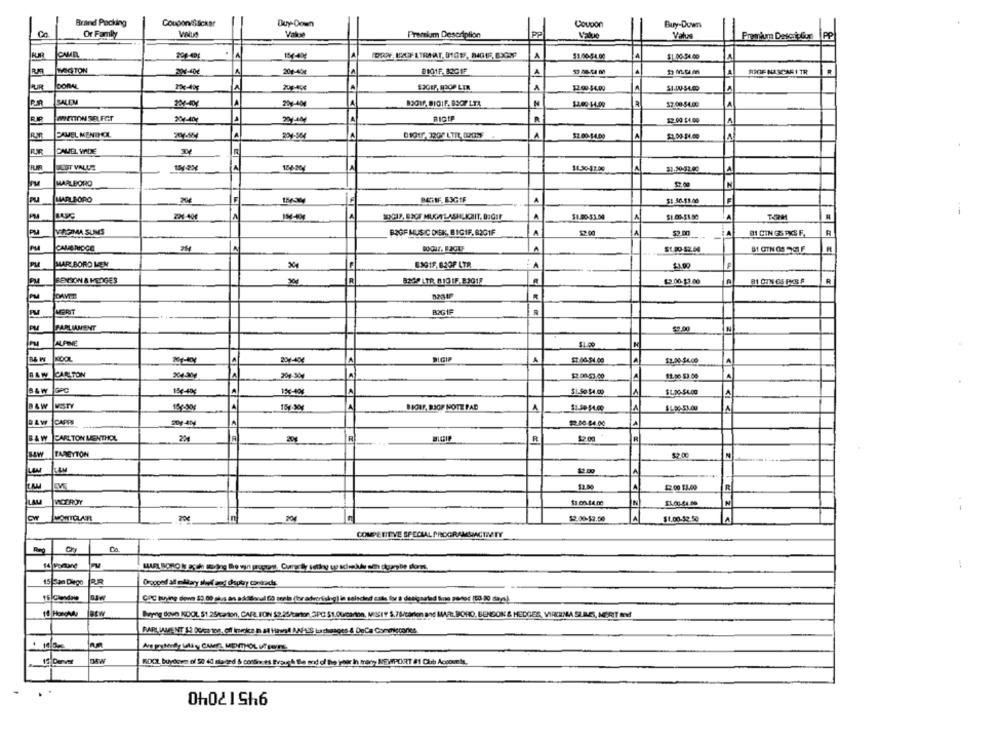
Brand Packing
Duy-Down
Coupon/Slicker
Coupon
Buy-Down
Or Family
VINUA
Premium Description
Premium Descipler
IPP
5
A
$1.00-54.09
$1 00-34.00
RA
20-404
20/40
8101F, BOC IF
A
53 08-54 6
13 m.cim
RIGE NASCAR I TR
FUR
205-40
S2GEF, BOOP LEM
A
12.99 54.00
A
SALEM
224-404
BSO17, BIOIF, BSOF LTA
N
57.00.54.00
A
$2.00-14.09
204-404
BIGIP
12. 00 $4.00
EAMEL MENTHOL
A
CAMEL VIDE
R
156-20
A
MARLBORO
$2.00
MARLBORO
204
BESTIF, E3GEF
PM
$1.00-53.00
$1.00-51.50
R
VERGIMA SUMS
A
01 CIN G3 PXS F.
R
PM
BOGF MUSIC DISK. BIGIF. 8201F
CAMBRIDGE
51.00-52.50
MARLBORO MEN
8361F. 62OF LTR
A
$1.00
F
PM
BENSON & HEDGES
R
$2.00-13.00
B1 CIN OS PICS F
MERIT
N
ALPINE
$1.00
B& W
DIGIF
A
$7:00.54.00
12.00.54.00
A
RAW
CARTON
204-204
$2.01.57.00
11.00.53.00
A
15%-40€
$1.50 54.00
$1.00-$4.00
A
B&W
4
154.904
BIOIF, BIOP NOTE PAD
1
B&W
CAPRI
A
BAW
CARLTON MENTHOL
$2.00
R
R
TAREYTON
$2 00
LAM
LAM
12.00
12.00
$2.00 $3.00
R
VICEROY
IN
CW
MONTCLAR!
$1.00.52.50
COMPE FITVE SPECIAL PROGRAMSACTIVITY
15 San Diego
Dragged all mllary slut zap depbry controdis.
15 Cadre
Beyng devn KOOL $1 25karton, CAR PON $2.25/carton, SPC 51.00canon, MISSIT S.78/carion and MARLBORO, BENSON & HEDGES, VIKINA SLALES, MERT Indf
PARLIAMENT 12 00cato0. of Invoke in at Hawal AAFIS Lrchanges & DeCa Conmiccaries
12 Dever
yar h many NEWPORT #1 Club Accounts,
94517040